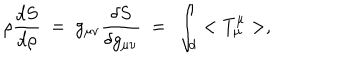
\rho { \frac { d S } { d \rho } } ~ = ~ g _ { \mu \nu } { \frac { \delta S } { \delta g _ { \mu \nu } } } ~ = ~ \int _ { d } < T _ { \mu } ^ { \mu } > ,